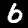
Digit: 6